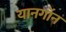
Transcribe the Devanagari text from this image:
यानगॉन